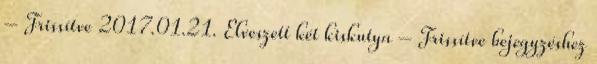
– Frissítve 2017.01.21. Elveszett két kiskutya – Frissítve bejegyzéshez